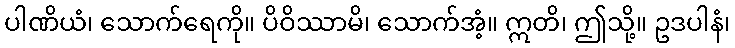
ပါဏိယံ၊ သောက်ရေကို။ ပိဝိဿာမိ၊ သောက်အံ့။ ဣတိ၊ ဤသို့။ ဥဒပါနံ၊